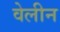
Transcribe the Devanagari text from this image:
वेलीन